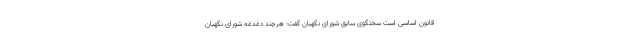
قانون اساسی است سخنگوی سابق شورای نگهبان گفت: هرچند دغدغه شورای نگهبان